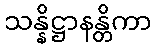
သန္နိဋ္ဌာနန္တိကာ